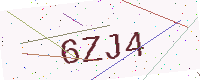
Text: 6ZJ4